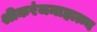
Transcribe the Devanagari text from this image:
श्रीकरंजमाहात्म्य